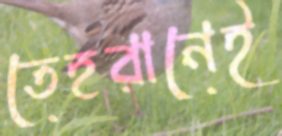
তেহরানেই